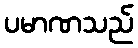
ပမာဏသည်